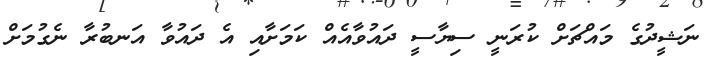
ނަޝީދުގެ މައްޗަށް ކުރަނީ ސިޔާސީ ދައުވާއެއް ކަމަށާއި އެ ދައުވާ އަނބުރާ ނެގުމަށް